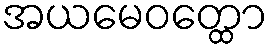
အယမေဝတ္ထော